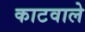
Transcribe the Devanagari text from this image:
काटवाले